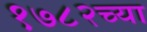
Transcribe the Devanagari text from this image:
१७८२च्या